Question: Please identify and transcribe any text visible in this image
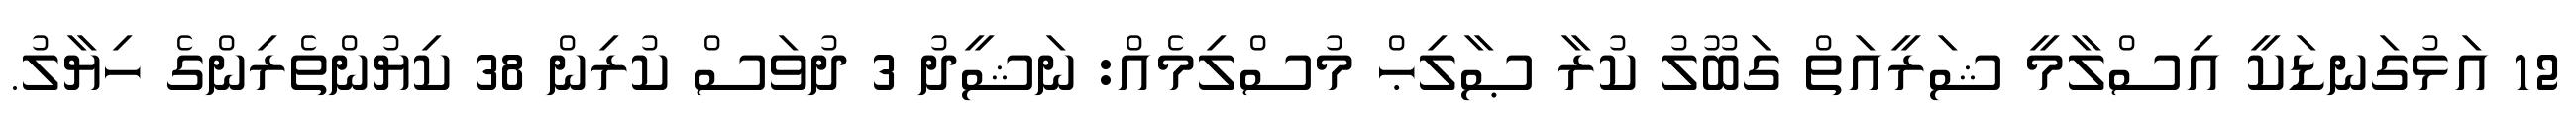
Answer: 12 އަޅުގަނޑަކީ އިސްލާމީ ޝަރީއަތް ގަބޫލު ކުރާ ޞާލިޙް މުސްލިމެއް: ނަޝީދު 3 ދުވަސް ކުރިން 38 ކިޔުންތެރިންގެ ހިޔާލު.